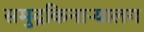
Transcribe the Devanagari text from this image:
समुद्रकिनाऱ्यालग